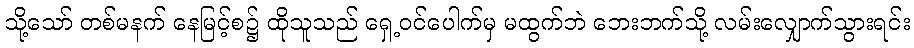
သို့သော် တစ်မနက် နေမြင့်စ၌ ထိုသူသည် ရှေ့ဝင်ပေါက်မှ မထွက်ဘဲ ဘေးဘက်သို့ လမ်းလျှောက်သွားရင်း